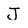
Character: J